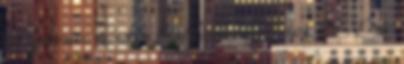
tulajdoníts minden bűnt lásd még Énok 8:6 . Eme